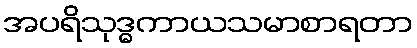
အပရိသုဒ္ဓကာယသမာစာရတာ